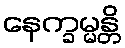
နေက္ခမ္မန္တိ